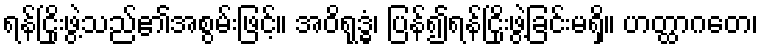
ရန်ငြိုးဖွဲ့သည်၏အစွမ်းဖြင့်။ အဝိရုဒ္ဓံ၊ ပြန်၍ရန်ငြိုးဖွဲ့ခြင်းမရှိ။ ဟတ္ထာဂတေ၊